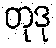
တုဒု